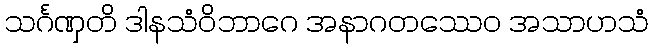
သင်္ဂဏှတိ ဒါနသံဝိဘာဂေ အနာဂတဿေဝ အသာဟသံ